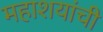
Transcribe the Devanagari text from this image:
महाशयांची